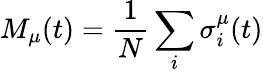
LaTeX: M_{\mu}(t)=\frac{1}{N}\sum_{i}\sigma_{i}^{\mu}(t)